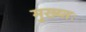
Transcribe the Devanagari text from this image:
मुख्य्तः